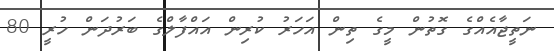
ނަތީޖާއެއްގެ ގޮތުން މީގެ ތިން އަހަރު ކުރިން އައްފާލްގެ ބަރުދަން ހުރީ 80